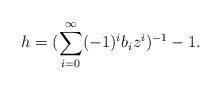
LaTeX: \begin{align*}h=(\sum_{i=0}^{\infty} (-1)^{i}b_iz^i)^{-1} -1.\end{align*}